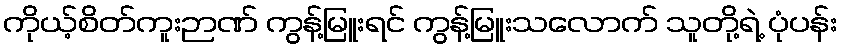
ကိုယ့်စိတ်ကူးဉာဏ် ကွန့်မြူးရင် ကွန့်မြူးသလောက် သူတို့ရဲ့ ပုံပန်း